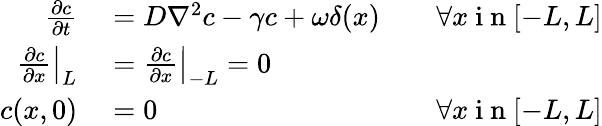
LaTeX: \begin{array}{rlr}{\frac{\partial c}{\partial t}}&{{}=D\nabla^{2}c-\gamma c+\omega\delta(x)}&{\quad\forall x\mathrm{~i~n~}[-L,L]}\\ {\left.\frac{\partial c}{\partial x}\right|_{L}}&{{}=\left.\frac{\partial c}{\partial x}\right|_{-L}=0}\\ {c(x,0)}&{{}=0}&{\forall x\mathrm{~i~n~}[-L,L]}\end{array}